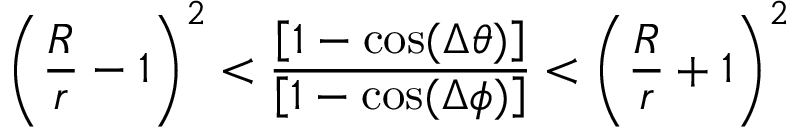
\left( \frac { R } { r } - 1 \right) ^ { 2 } < \frac { \left[ 1 - \cos ( \Delta \theta ) \right] } { \left[ 1 - \cos ( \Delta \phi ) \right] } < \left( \frac { R } { r } + 1 \right) ^ { 2 }